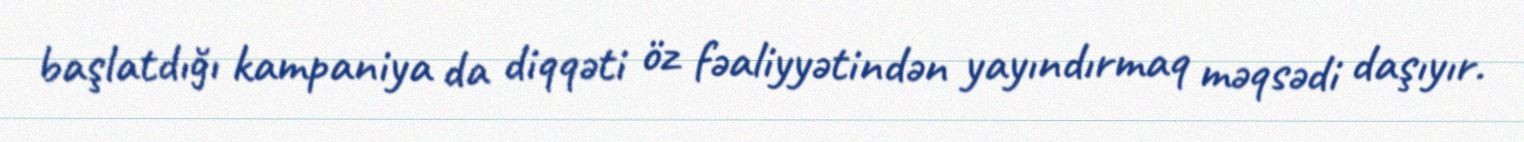
başlatdığı kampaniya da diqqəti öz fəaliyyətindən yayındırmaq məqsədi daşıyır.